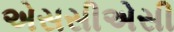
એસસીએસી